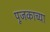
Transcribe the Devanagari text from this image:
पूजकाच्या